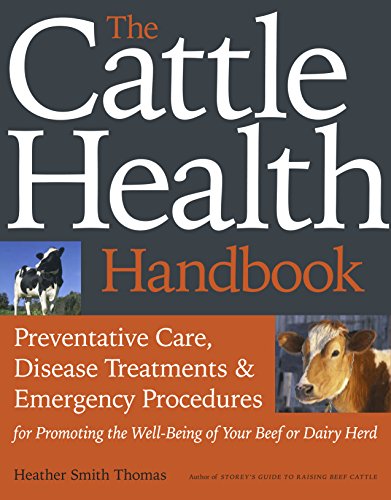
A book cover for The Cattle Health Handbook; Heather Smith Thomas; Medical Books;